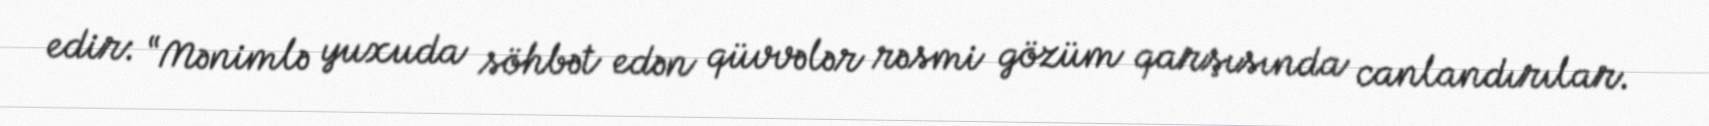
edir: “Mənimlə yuxuda söhbət edən qüvvələr rəsmi gözüm qarşısında canlandırılar.